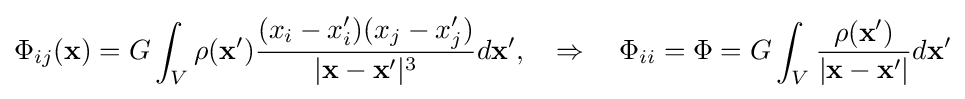
\Phi _{ij}(\mathbf {x} )=G\int _{V}\rho (\mathbf {x'} ){\frac {(x_{i}-x_{i}')(x_{j}-x_{j}')}{|\mathbf {x} -\mathbf {x'} |^{3}}}d\mathbf {x'} ,\quad \Rightarrow \quad \Phi _{ii}=\Phi =G\int _{V}{\frac {\rho (\mathbf {x'} )}{|\mathbf {x} -\mathbf {x'} |}}d\mathbf {x'}